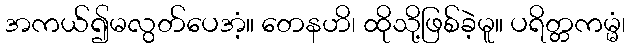
အကယ်၍မလွတ်ပေအံ့။ တေနဟိ၊ ထိုသို့ဖြစ်ခဲ့မူ။ ပရိတ္တကမ္မံ၊